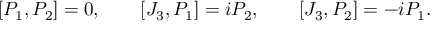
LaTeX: [ P _ { 1 } , P _ { 2 } ] = 0 , \qquad [ J _ { 3 } , P _ { 1 } ] = i P _ { 2 } , \qquad [ J _ { 3 } , P _ { 2 } ] = - i P _ { 1 } .